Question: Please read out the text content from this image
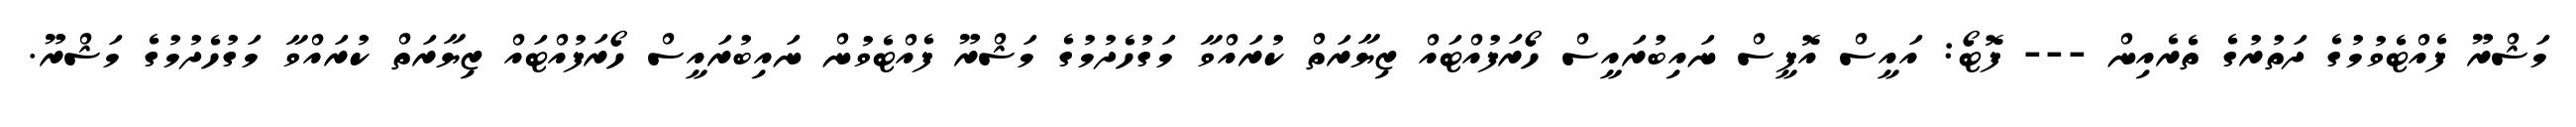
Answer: މަޝްރޫ ފެއްޓެވުމުގެ ދަތުރުގެ ތެރެއިން --- ފޮޓޯ: އައީސް އޮފީސް ނައިބުރައީސް ހޯރަފުއްޓައް ޒިޔާރަތް ކުރައްވާ މަގުހެދުމުގެ މަޝްރޫ ފެއްޓެވުން ނައިބުރައީސް ހޯރަފުއްޓައް ޒިޔާރަތް ކުރައްވާ މަގުހެދުމުގެ މަޝްރޫ.